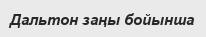
Дальтон заңы бойынша